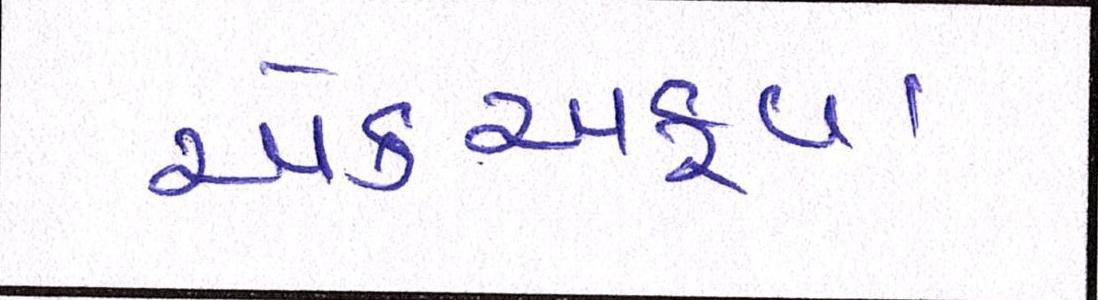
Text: એકઅફવા